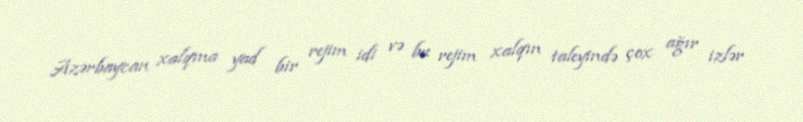
Azərbaycan xalqına yad bir rejim idi və bu rejim xalqın taleyində çox ağır izlər